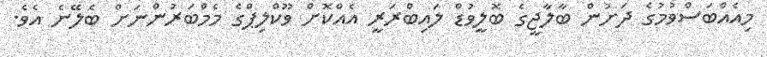
މިއެއްބަސްވުމުގެ ދަށުން ބާލާޖީގެ ބޮލީވުޑް ލައިބްރަރީ އެއްކޮށް ވޫކްލިޕްގެ މެމްބަރުންނަށް ބެލޭނެ އެވެ.